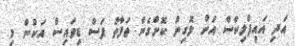
އަދި އައިފްލިކްސް އަށް ލޮގިން ކޮށްގެން ތަފާތު ފަސް ޑިވައިސް އަކުން މި